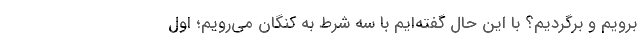
برویم و برگردیم؟ با این حال گفته‌ایم با سه شرط به کنگان می‌رویم؛ اول